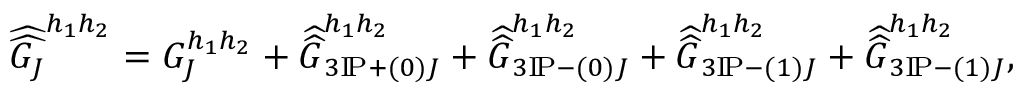
\widehat { \widehat { G _ { J } } } ^ { h _ { 1 } h _ { 2 } } = G _ { J } ^ { h _ { 1 } h _ { 2 } } + \widehat { \widehat { G } } _ { 3 \mathrm { I } \! \mathrm { P } + ( 0 ) J } ^ { h _ { 1 } h _ { 2 } } + \widehat { \widehat { G } } _ { 3 \mathrm { I } \! \mathrm { P } - ( 0 ) J } ^ { h _ { 1 } h _ { 2 } } + \widehat { \widehat { G } } _ { 3 \mathrm { I } \! \mathrm { P } - ( 1 ) J } ^ { h _ { 1 } h _ { 2 } } + \widehat { \widehat { G } } _ { 3 \mathrm { I } \! \mathrm { P } - ( 1 ) J } ^ { h _ { 1 } h _ { 2 } } ,